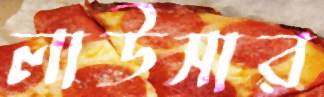
লাউসার